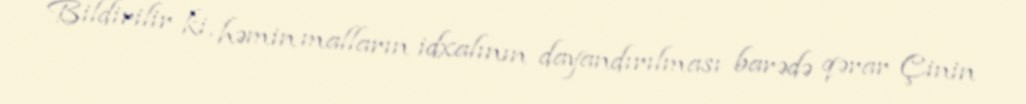
Bildirilir ki, həmin malların idxalının dayandırılması barədə qərar Çinin